Report of the Indian Hemp Drugs Commission, 1894-1895 - Volume I
Year: 1894
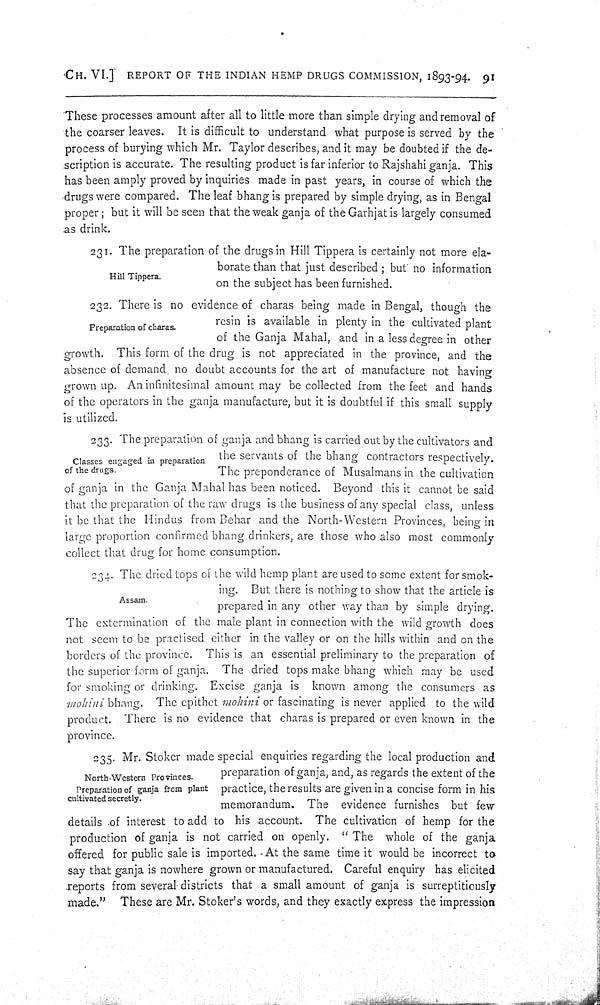
CH. VI.]
REPORT
OF
THE
INDIAN
HEMP
DRUGS
COMMISSION,
1893-94.
91
These processes amount after all to little more than simple drying and removal of
the coarser leaves. It is difficult to understand what purpose is served by the
process of burying which Mr. Taylor describes, and it may be doubted if the de-
scription is accurate. The resulting product is far inferior to Rajshahi ganja. This
has been amply proved by inquiries made in past years, in course of which the
drugs were compared. The leaf bhang is prepared by simple drying, as in Bengal
proper; but it will be seen that the weak ganja of the Garhjat is largely consumed
as drink.
Hill Tippera.
231. The preparation of the drugs in Hill Tippera is certainly not more ela-
borate than that just described; but no information
on the subject has been furnished.
Preparation of charas.
232. There is no evidence of charas being made in Bengal, though the
resin is available in plenty in the cultivated plant
of the Ganja Mahal, and in a less degree in other
growth. This form of the drug is not appreciated in the province, and the
absence of demand no doubt accounts for the art of manufacture not having
grown up. An infinitesimal amount may be collected from the feet and hands
of the operators in the ganja manufacture, but it is doubtful if this small supply
is utilized.
Classes engaged in preparation
of the drugs.
233. The preparation of ganja and bhang is carried out by the cultivators and
the servants of the bhang contractors respectively.
The preponderance of Musalmans in the cultivation
of ganja in the Ganja Mahal has been noticed. Beyond this it cannot be said
that the preparation of the raw drugs is the business of any special class, unless
it be that the Hindus from Behar and the North-Western Provinces, being in
large proportion confirmed bhang drinkers, are those who also most commonly
collect that drug for home consumption.
Assam.
234. The dried tops of the wild hemp plant are used to some extent for smok-
ing. But there is nothing to show that the article is
prepared in any other way than by simple drying.
The extermination of the male plant in connection with the wild growth does
not seem to be practised either in the valley or on the hills within and on the
borders of the province. This is an essential preliminary to the preparation of
the superior form of ganja. The dried tops make bhang which may be used
for smoking or drinking. Excise ganja is known among the consumers as
mohini bhang. The epithet mohini or fascinating is never applied to the wild
product. There is no evidence that charas is prepared or even known in the
province.
North-Western Provinces.
Preparation of ganja from plant
cultivated secretly.
235. Mr. Stoker made special enquiries regarding the local production and
preparation of ganja, and, as regards the extent of the
practice, the results are given in a concise form in his
memorandum. The evidence furnishes but few
details of interest to add to his account. The cultivation of hemp for the
production of ganja is not carried on openly. "The whole of the ganja
offered for public sale is imported. At the same time it would be incorrect to
say that ganja is nowhere grown or manufactured. Careful enquiry has elicited
reports from several districts that a small amount of ganja is surreptitiously
made." These are Mr. Stoker's words, and they exactly express the impression